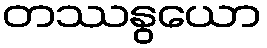
တဿနွယော